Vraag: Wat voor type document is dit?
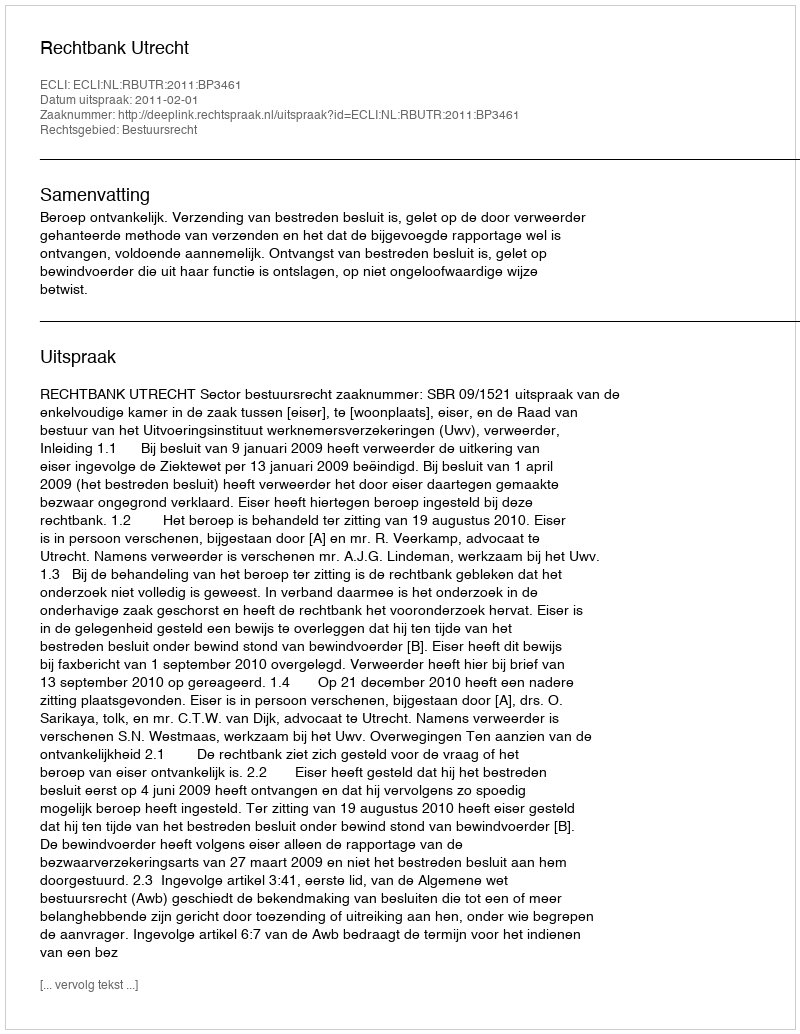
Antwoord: Uitspraak